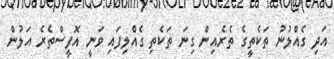
އަދި ގެއްލުނު ތަކެތީގެ ތެރެއިން ގިނަ ތަކެތި ގެއްލިފައި ވަނީ އޮފީސްތެރެ އަލުން